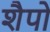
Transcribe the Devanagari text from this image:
शैपो